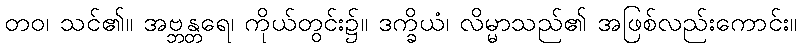
တဝ၊ သင်၏။ အဗ္ဘန္တရေ၊ ကိုယ်တွင်း၌။ ဒက္ခိယံ၊ လိမ္မာသည်၏ အဖြစ်လည်းကောင်း။